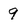
Character: 9